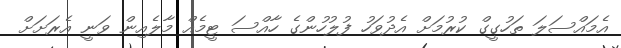
އެމައްސަލަ ތަހުގީގް ކުރުމަށް އެދުވަހު ފުލުހުންގެ ހާއްސަ ޓީމެއް މާލެއިން ވަނީ އެރަށަށް